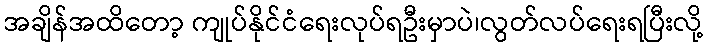
အချိန်အထိတော့ ကျုပ်နိုင်ငံရေးလုပ်ရဦးမှာပဲ၊လွတ်လပ်ရေးရပြီးလို့